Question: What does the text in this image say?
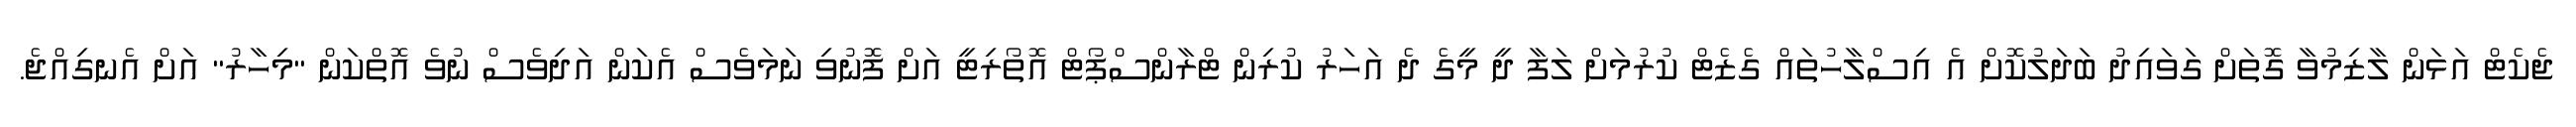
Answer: ޖެކެޓް އަޅަން ލާޒިމުވާ ގޮތަށް ގަވައިދު ބަދަލުކޮށް އެ އިސްލާހުތައް ގެޒެޓް ކުރުމަށް ލަފާ ދީ މީގެ ދެ އަހަރު ކުރިން ޓްރާންސްޕޯޓް އޮތޯރިޓީ އަށް ފޮނުވި ނަމަވެސް އެކަން އަދިވެސް ނުވެ އޮތްކަން "މިހާރު" އަށް އެނގިއްޖެ.